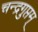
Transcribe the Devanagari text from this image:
चन्द्रगुप्तम्